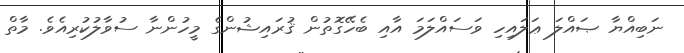
ނަބިއްޔާ ޞައްލަ ޢަލައިހި ވަސައްލަމަ އާއި ބެހޭގޮތުން ޤުރައިޝުންގެ މީހުންނާ ސުވާލުކުރިއެވެ. މާތް